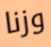
وزنا